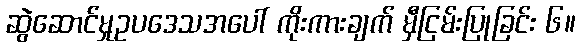
ဆွဲဆောင်မှုဥပဒေသအပေါ် ကိုးကားချက် မှီငြမ်းပြုခြင်း ၆။